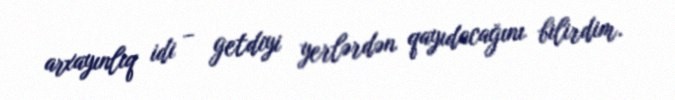
arxayınlıq idi – getdiyi yerlərdən qayıdacağını bilirdim.